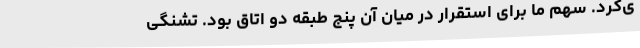
ی‌کرد. سهم ما برای استقرار در میان آن پنج طبقه دو اتاق بود. تشنگی